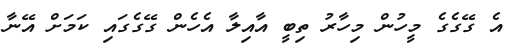
އެ ގޭގެގެ މީހުން މިހާރު ތިބީ އާއިލާ އެހެން ގޭގެގައި ކަމަށް އޭނާ